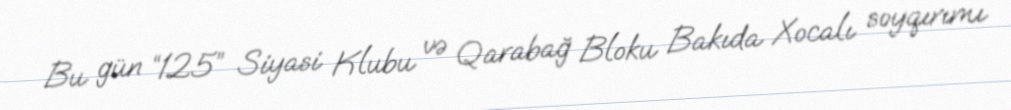
Bu gün “125” Siyasi Klubu və Qarabağ Bloku Bakıda Xocalı soyqırımı